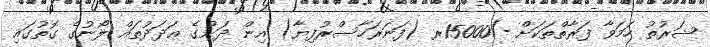
ޝަރުތު ހަމަވާ ފަރާތްތަކަށް -/15000ރ (ފަނަރަހާސްރުފިޔާ) އިން ދަށުގެ ޢަދަދުތައް ލޯނުގެ ގޮތުގައި